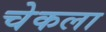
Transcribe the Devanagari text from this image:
चेकला